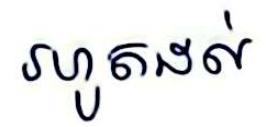
រហូតដល់